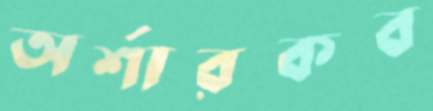
অর্শারকব